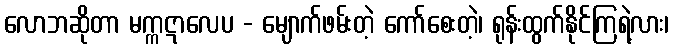
လောဘဆိုတာ မက္ကဋာလေပ - မျောက်ဖမ်းတဲ့ ကော်စေးတဲ့၊ ရုန်းထွက်နိုင်ကြရဲ့လား၊